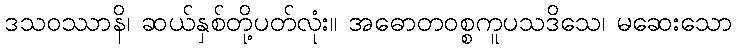
ဒသဝဿာနိ၊ ဆယ်နှစ်တို့ပတ်လုံး။ အဓောတဝစ္စကူပသဒိသေ၊ မဆေးသော